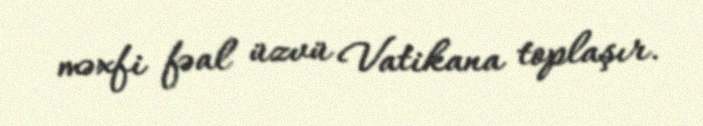
məxfi fəal üzvü Vatikana toplaşır.